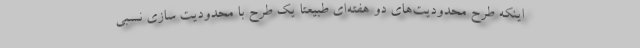
اینکه طرح محدودیت‌های دو هفته‌ای طبیعتاً یک طرح با محدودیت سازی نسبی